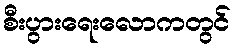
စီးပွားရေးလောကတွင်